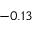
- 0 . 1 3